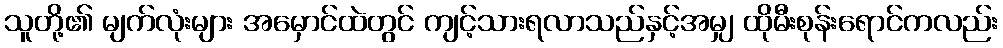
သူတို့၏ မျက်လုံးများ အမှောင်ထဲတွင် ကျင့်သားရလာသည်နှင့်အမျှ ထိုမီးစုန်းရောင်ကလည်း